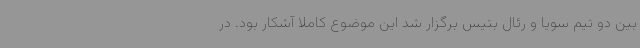
بین دو تیم سویا و رئال بتیس برگزار شد این موضوع کاملا آشکار بود. در